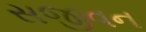
સજીવન